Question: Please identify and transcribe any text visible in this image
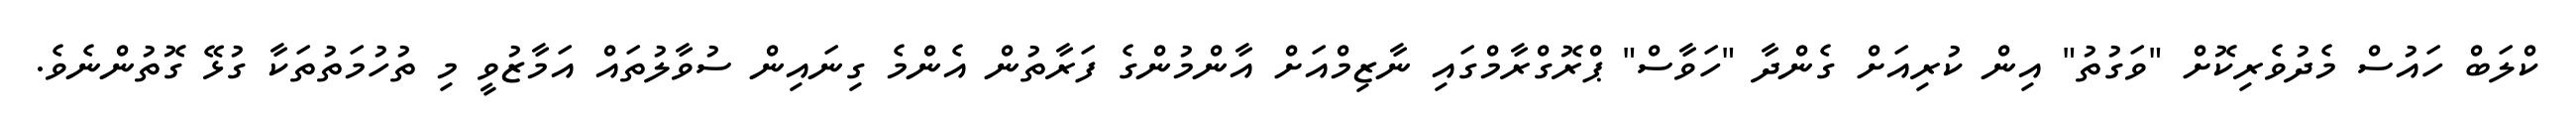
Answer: ކްލަބް ހައުސް މެދުވެރިކޮށް "ވަގުތު" އިން ކުރިއަށް ގެންދާ "ހަވާސް" ޕްރޮގްރާމްގައި ނާޒިމްއަށް އާންމުންގެ ފަރާތުން އެންމެ ގިނައިން ސުވާލުތައް އަމާޒުވީ މި ތުހުމަތުތަކާ ގުޅޭ ގޮތުންނެވެ.